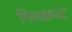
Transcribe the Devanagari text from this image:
गिलक्रस्ट